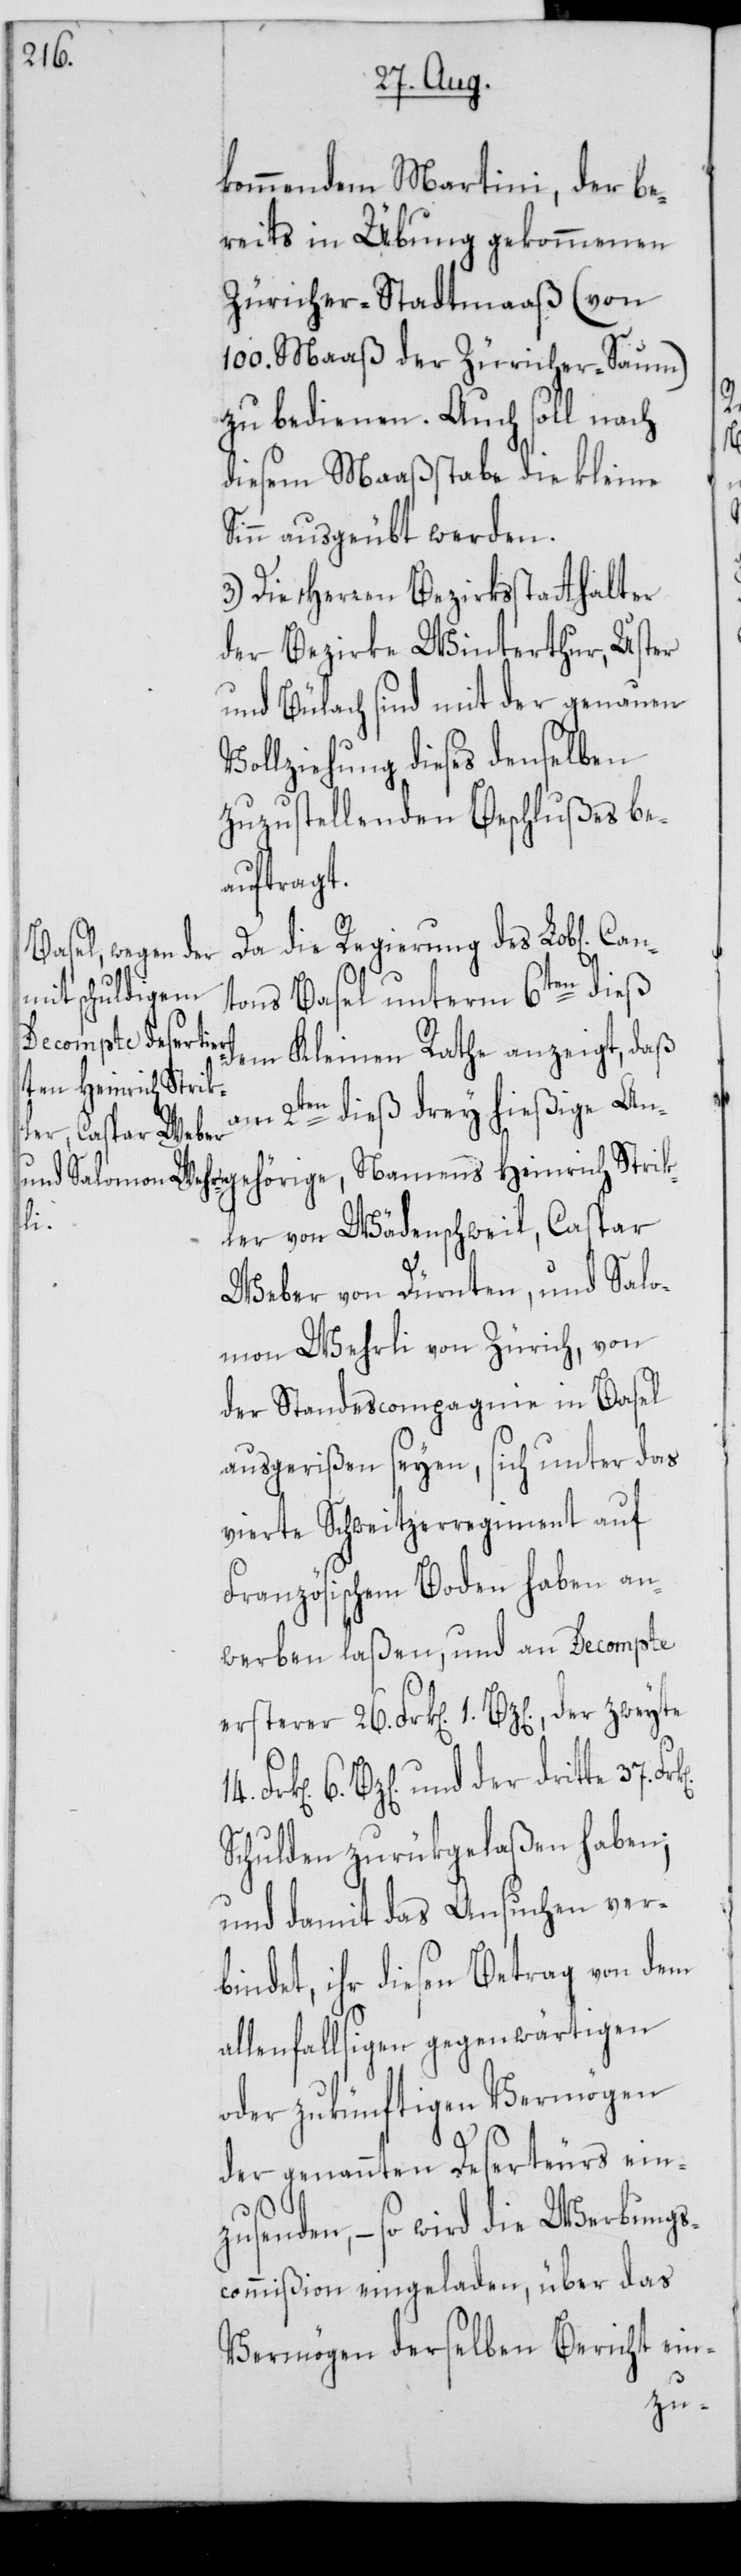
26.

kommendem Martini, der be¬
reits in Übung gekommenen
Züricher-Stadtmaaß (von
100. Maaß der Züricher-Saum)
zu bedienen. Auch soll nach
diesem Maaßstabe die kleine
Sinn ausgeübt werden.
3.) Die Herren Bezirksstatthalter
der Bezirke Winterthur, Uster
und Bülach sind mit der genauen
Vollziehung dieses denselben
zuzustellenden Beschlußes be¬
auftragt.
Da die Regierung des Lob[lichen]
tons Basel unterm 6ten dieß
gehörige, Name¬
dem Kleinen Rathe anzeigt, daß
ns Heinrich Strik¬
der
am 2ten dieß drey hießige An¬
ler von Wädenschweil, Caspar
Weber von Dürnten, und Salo¬
mon Wehrli von Zürich, von
der Standescompagnie in Basel
ausgerißen seyen, sich unter das
vierte Schweitzerregiment auf
Französischem Boden haben an¬
werben laßen, und an Decompte
6. Btz[en]., und der dritte 37.
Schulden zurükgelaßen haben;
und damit das Ansuchen ver¬
bindet, ihr diesen Betrag von dem
allenfallsigen gegenwärtigen
oder zukünftigen Vermögen
der genannten Deserteurs einz¬
usenden, – so wird die Werbungs¬
commißion eingeladen, über das
Vermögen derselben Bericht ein-